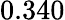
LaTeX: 0.340